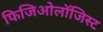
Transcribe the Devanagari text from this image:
फिजिओलॉजिस्ट